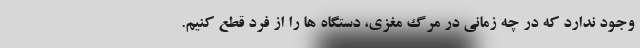
وجود ندارد که در چه زمانی در مرگ مغزی، دستگاه ها را از فرد قطع کنیم.